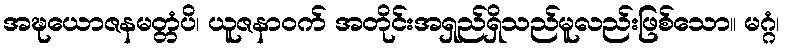
အဍ္ဎယောဇနမတ္တံပိ၊ ယူဇနာဝက် အတိုင်းအရှည်ရှိသည်မူလည်းဖြစ်သော။ မဂ္ဂံ၊